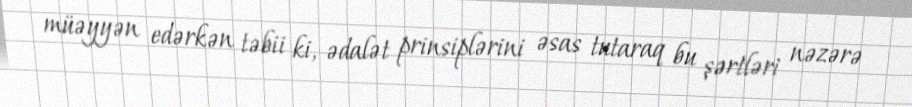
müəyyən edərkən təbii ki, ədalət prinsiplərini əsas tutaraq bu şərtləri nəzərə